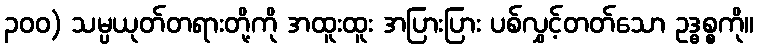
၃၀၀) သမ္ပယုတ်တရားတို့ကို အထူးထူး အပြားပြား ပစ်လွှင့်တတ်သော ဥဒ္ဓစ္စကို။